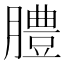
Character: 𦡊